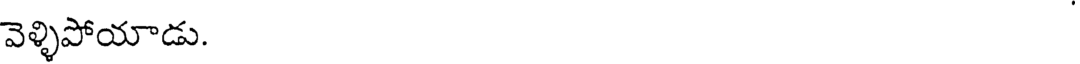
వెళ్ళిపోయాడు.